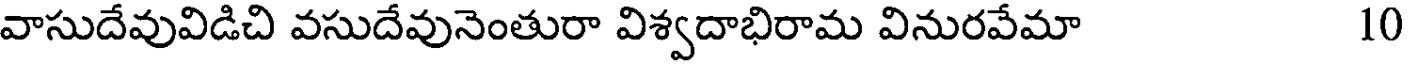
వాసుదేవువిడిచి వసుదేవునెంతురా విశ్వదాభిరామ వినురవేమా 10